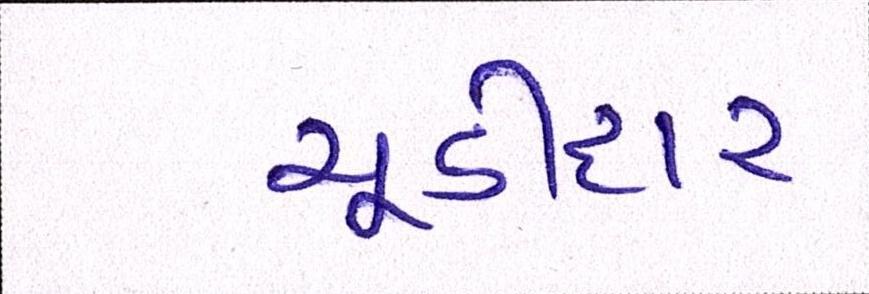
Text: ચૂડીદાર